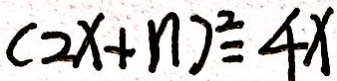
( 2 x + n ) ^ { 2 } = 4 x